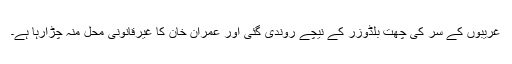
غریبوں کے سر کی چھت بلڈوزر کے نیچے روندی گئی اور عمران خان کا غیرقانونی محل منہ چڑارہا ہے۔